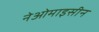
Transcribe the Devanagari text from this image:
नेओमाइसीन